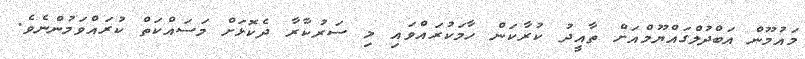
މައުމޫން އަބްދުލްގައްޔޫމްއަށް ތާއީދު ކުރާކަން ހާމަކުރައްވައި މި ސަރުކާރާ ދެކޮޅަށް މަސައްކަތް ކުރައްވަމުންނެވެ.